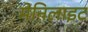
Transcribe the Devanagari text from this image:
मेनिलाइट